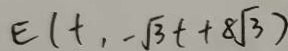
E ( t , - \sqrt { 3 } t + 8 \sqrt { 3 } )